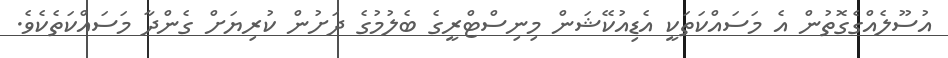
އުސޫލެއްގެގޮތުން އެ މަސައްކަތަކީ އެޑިއުކޭޝަން މިނިސްޓްރީގެ ބެލުމުގެ ދަށުން ކުރިޔަށް ގެންދާ މަސައްކަތެކެވެ.